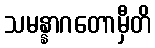
သမန္နာဂတောမှီတိ